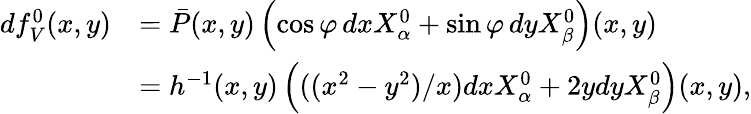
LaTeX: \begin{array}{rl}{df_{V}^{0}(x,y)}&{=\bar{P}(x,y)\left(\cos\varphi\, dxX_{\alpha}^{0}+\sin\varphi\, dyX_{\beta}^{0}\right)(x,y)}\\ &{=h^{-1}(x,y)\left(((x^{2}-y^{2})/x)dxX_{\alpha}^{0}+2ydyX_{\beta}^{0}\right)(x,y),}\end{array}